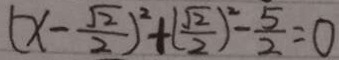
( x - \frac { \sqrt { 2 } } { 2 } ) ^ { 2 } + ( \frac { \sqrt { 2 } } { 2 } ) ^ { 2 } - \frac { 5 } { 2 } = 0